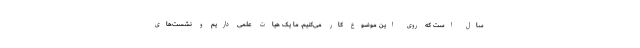
سال است که روی این موضوع کار می‌کنیم. ما یک هیات علمی داریم و نشست‌های